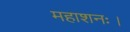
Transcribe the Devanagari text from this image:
महाशनः।